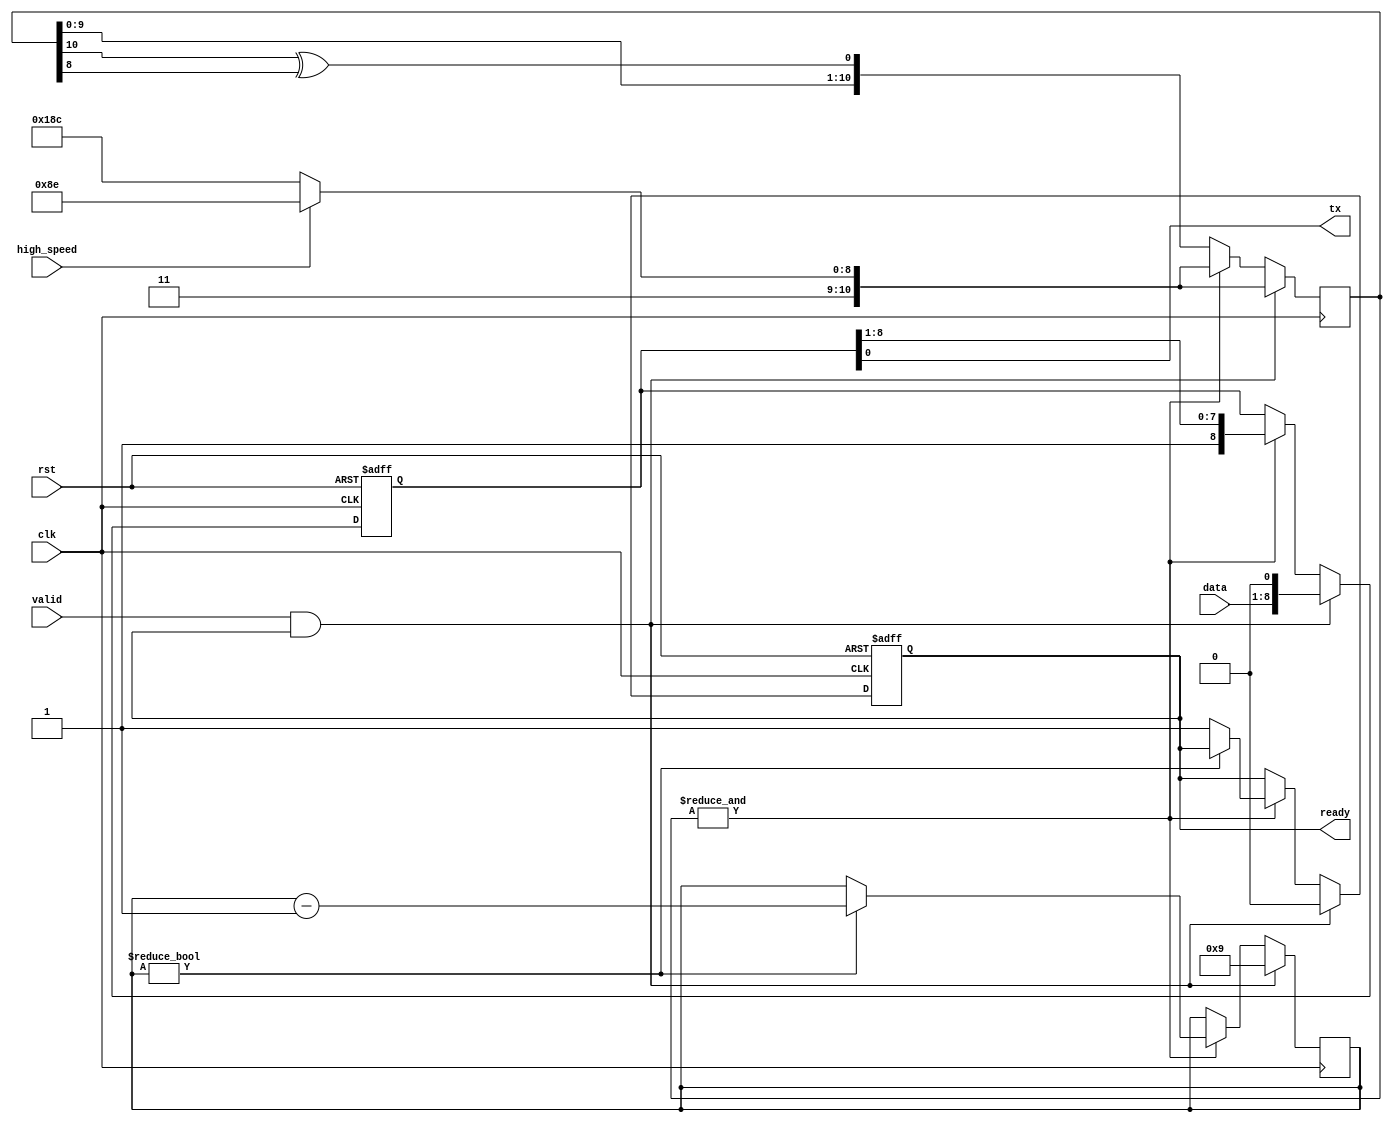
module uart_tx (
	input clk, rst,

	input [7:0] data,
	output reg ready,
	input valid,

	output reg tx,

	/* Run at 4M for testing */
	input high_speed
);

	/*
	 * $ scripts/lfsr.py 0x500 1085 31
	 *
	 * 115200 baud with a 125 MHz clock
	 */
	parameter SLOW_VALUE	= 11'h78c;
	/* 4M baud with a 125 MHz clock */
	parameter FAST_VALUE	= 11'h68e;

	reg ready_next;
	reg [10:0] lfsr, lfsr_next;
	reg [3:0] counter, counter_next;
	reg [8:0] bits, bits_next;

	always @(*) begin
		tx = bits[0];

		ready_next = ready;
		counter_next = counter;
		lfsr_next = { lfsr[9:0], lfsr[10] ^ lfsr[8] };
		bits_next = bits;

		if (&lfsr) begin
			if (counter)
				counter_next = counter - 1;
			else
				ready_next = 1;
			lfsr_next = high_speed ? FAST_VALUE : SLOW_VALUE;
			bits_next = { 1'b1, bits[8:1] };
		end

		if (valid && ready) begin
			ready_next = 0;
			counter_next = 9;
			lfsr_next = high_speed ? FAST_VALUE : SLOW_VALUE;
			bits_next = { data, 1'b0 };
		end
	end

	always @(posedge clk) begin
		counter <= counter_next;
		lfsr <= lfsr_next;
	end

	always @(posedge clk, posedge rst) begin
		if (rst) begin
			ready <= 1'b1;
			bits <= 9'h1ff;
		end else begin
			ready <= ready_next;
			bits <= bits_next;
		end
	end

endmodule